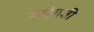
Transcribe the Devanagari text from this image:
सपंराज्ञी